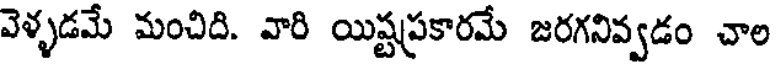
వెళ్ళడమే మంచిది. వారి యిష్టప్రకారమే జరగనివ్వడం చాల